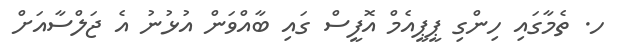
ހ. ތެމާގައި ހިންގި ޕީޕީއެމް އޮފީސް ގައި ބާއްވަން އުޅުނު އެ ޖަލްސާއަށް